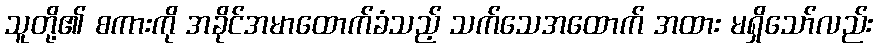
သူတို့၏ စကားကို အခိုင်အမာထောက်ခံသည့် သက်သေအထောက် အထား မရှိသော်လည်း